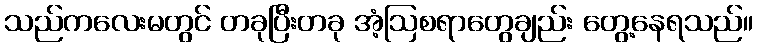
သည်ကလေးမတွင် တခုပြီးတခု အံ့ဩစရာတွေချည်း တွေ့နေရသည်။